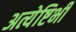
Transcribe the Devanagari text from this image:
अत्येष्टिभी